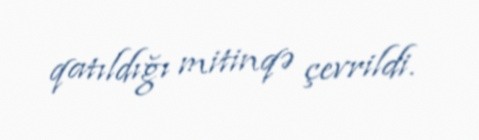
qatıldığı mitinqə çevrildi.